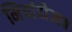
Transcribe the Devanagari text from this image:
मियांदोआब